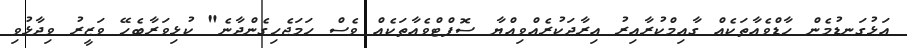
އަޅުގަނޑުމެން ހާޑްވެއާތަކެއް ގާއިމްކުރާއިރު އިރާދަކުރެއްވިއްޔާ ސޮފްޓްވެއާތަކެއް ވެސް ހަމަޖެހިގެންދާނެ" ކުޅިވަރާބެހޭ ވަޒީރު ވިދާޅުވި